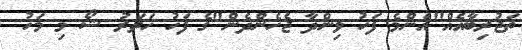
ތަޖުރިބާއެއް"އެންމެ ފަހު ވިންދާ ޖެހެންދެން"ގެ ފަހު ހަތަރު ޝޯ މި މަހު